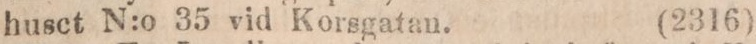
husct N:o 35 vid Korsgatan.    (2316)